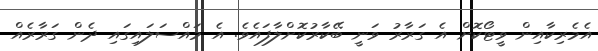
އެމެރިކާއިން ވީޓޯކޮށް އެ ގަރާރު ވަނީ ބޭކާރުކޮށްލާފައެވެ. އެ މައްސަލައިގައި ދެން ގަރާރެއް